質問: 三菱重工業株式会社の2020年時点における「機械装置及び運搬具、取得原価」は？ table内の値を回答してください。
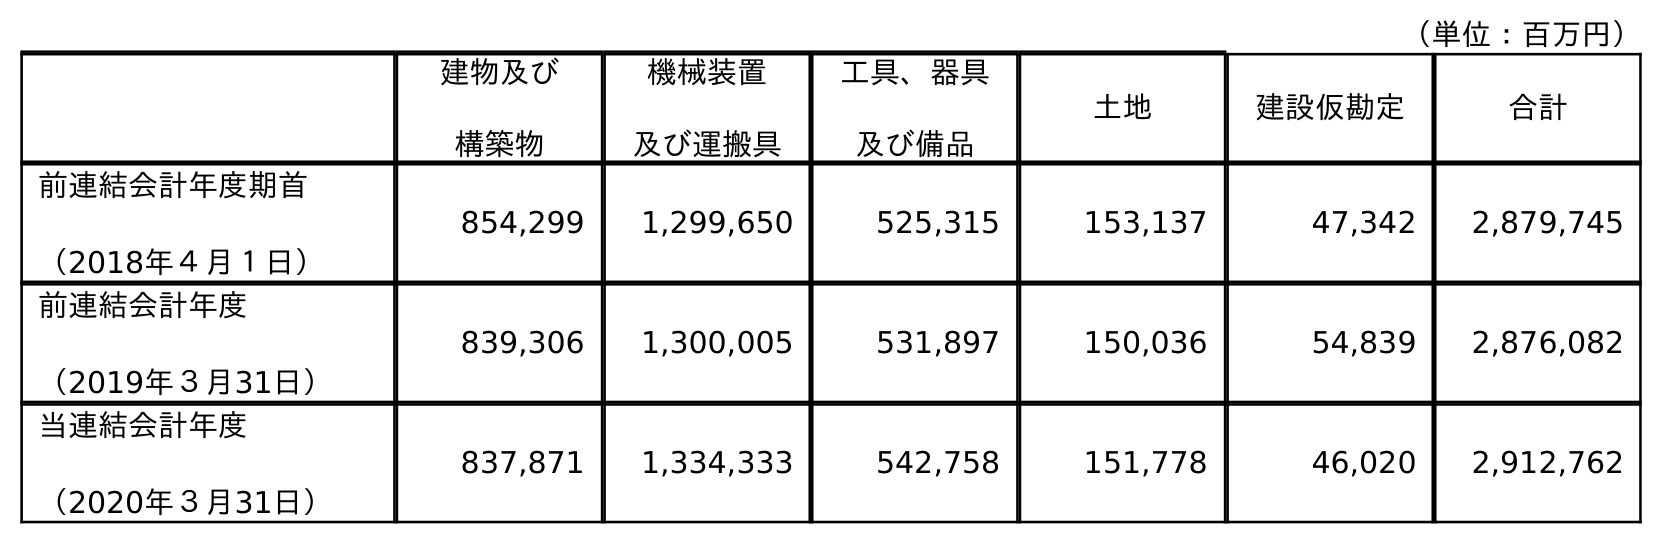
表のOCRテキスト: （単位：百万円） 建物及び 構築物 機械装置 及び運搬具 工具、器具 及び備品 土地 建設仮勘定 合計 前連結会計年度期首 （2018年４月１日） 854,299 1,299,650 525,315 153,137 47,342 2,879,745 前連結会計年度 （2019年３月31日） 839,306 1,300,005 531,897 150,036 54,839 2,876,082 当連結会計年度 （2020年３月31日） 837,871 1,334,333 542,758 151,778 46,020 2,912,762
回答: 1,334,333